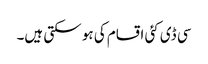
سی ڈی کئی اقسام کی ہو سکتی ہیں۔